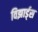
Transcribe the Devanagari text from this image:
विझार्ड्‌स